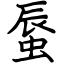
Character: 蜃